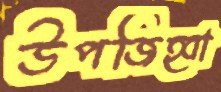
উপজিহ্বা